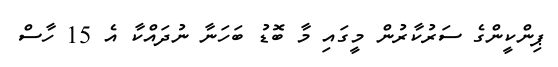
ޕިންކީންގެ ސަރުކާރުން މީގައި މާ ބޮޑު ބަހަނާ ނުދައްކާ އެ 15 ހާސް